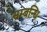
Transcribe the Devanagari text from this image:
सम्‍बन्‍धि